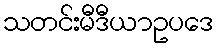
သတင်းမီဒီယာဥပဒေ